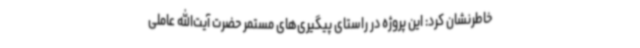
خاطرنشان کرد: این پروژه در راستای پیگیری‌های مستمر حضرت آیت‌الله عاملی